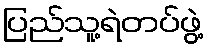
ပြည်သူ့ရဲတပ်ဖွဲ့